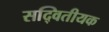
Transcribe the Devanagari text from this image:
सद्वितीयक